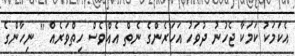
އެކަމަކު ކަމަކާ ޖެހުނު ދުވަހު އަހަރެންގެ ނެތް އެއްވެސް ހިތްވަރެއް '' ނިހާންގެ